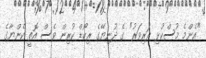
"އެންމެ މުސްކުޅި ދަރިވަރު" ގެ ދުނިޔޭގެ ރިކޯޑް ކުރިން ވެސް އޮތީ ކެންޔާގެ